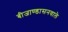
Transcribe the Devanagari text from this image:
बीजाण्डासनवाले